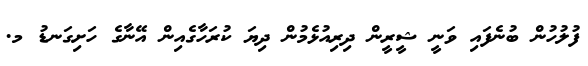
ފުލުހުން ބުނެފައި ވަނީ ޝީރީން ދިރިއުޅެމުން ދިޔަ ކުރަހާގެއިން އޭނާގެ ހަށިގަނޑު މ.